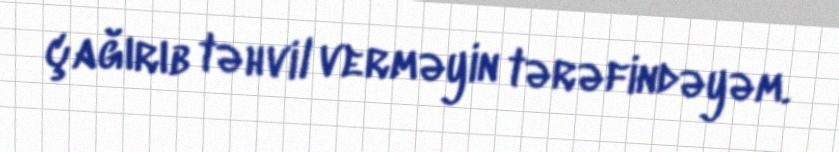
çağırıb təhvil verməyin tərəfindəyəm.